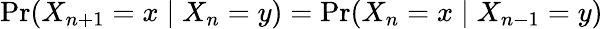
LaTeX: \operatorname*{Pr}(X_{n+1}=x\mid X_{n}=y)=\operatorname*{Pr}(X_{n}=x\mid X_{n-1}=y)